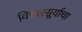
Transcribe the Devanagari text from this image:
विचारसूर्याचा